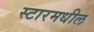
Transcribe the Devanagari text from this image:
स्टारमधील